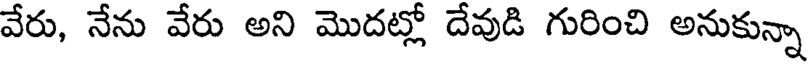
వేరు, నేను వేరు అని మొదట్లో దేవుడి గురించి అనుకున్నా